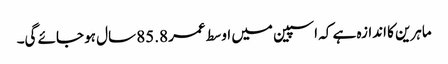
ماہرین کا اندازہ ہے کہ اسپین میں اوسط عمر 85.8 سال ہو جائے گی۔